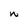
Character: W